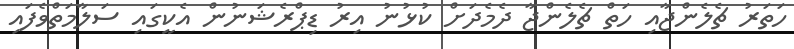
ހަތަރު ޗެލެންޖާއި ހަތް ޗެލެންޖާ ދެމެދަށް ކުޅުނު އިރު ޑިޕްރެޝަނުން އެކީގައި ސަލާމަތްވެފައި